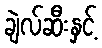
ချဲလ်ဆီးနှင့်